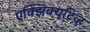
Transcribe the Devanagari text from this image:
एक्झिक्यूटिव्ह